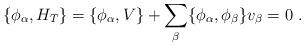
LaTeX: \begin{align*}\{\phi_\alpha,H_T\} = \{\phi_\alpha,V\} + \sum_\beta \{\phi_\alpha,\phi_\beta\}v_\beta = 0 \ .\end{align*}